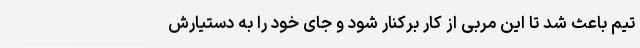
تیم باعث شد تا این مربی از کار برکنار شود و جای خود را به دستیارش